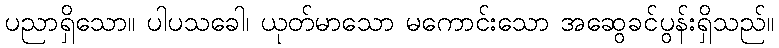
ပညာရှိသော။ ပါပသခေါ၊ ယုတ်မာသော မကောင်းသော အဆွေခင်ပွန်းရှိသည်။